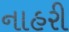
નાહરી